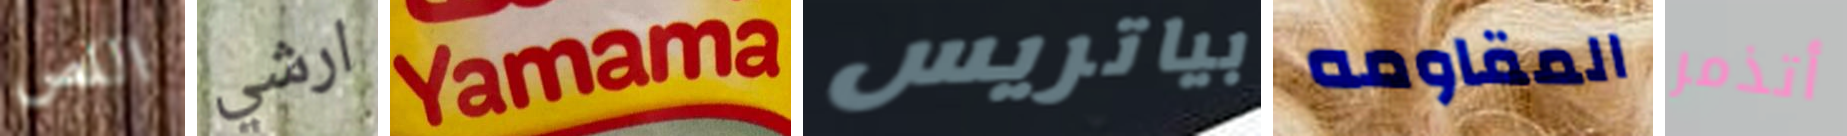
اللص ارشي Yamama بياتريس المقاومه أتذمر